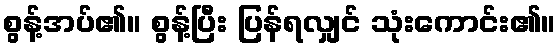
စွန့်အပ်၏။ စွန့်ပြီး ပြန်ရလျှင် သုံးကောင်း၏။